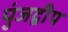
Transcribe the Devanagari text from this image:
पुंजद्वीप